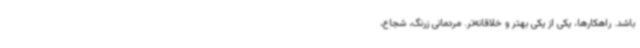
باشد. راهکارها، یکی از یکی بهتر و خلاقانه‌تر. مردمانی زرنگ، شجاع،